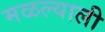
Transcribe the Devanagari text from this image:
मळल्याली